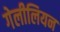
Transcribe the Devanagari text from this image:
गेलीलियन